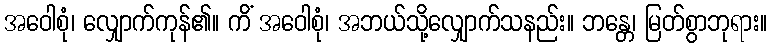
အဝေါစုံ၊ လျှောက်ကုန်၏။ ကိံ အဝေါစုံ၊ အဘယ်သို့လျှောက်သနည်း။ ဘန္တေ၊ မြတ်စွာဘုရား။